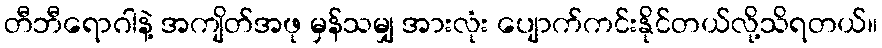
တီဘီရောဂါနဲ့ အကျိတ်အဖု မှန်သမျှ အားလုံး ပျောက်ကင်းနိုင်တယ်လို့သိရတယ်။